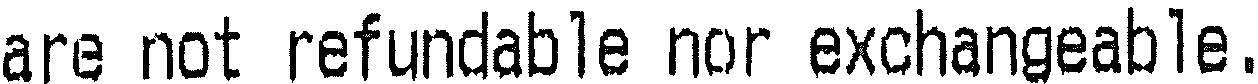
ARE NOT REFUNDABLE NOR EXCHANGEABLE.